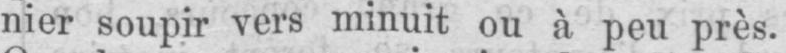
nier soupir vers minuit ou à peu près.